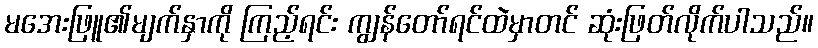
မအေးဖြူ၏မျက်နှာကို ကြည့်ရင်း ကျွန်တော်ရင်ထဲမှာတင် ဆုံးဖြတ်လိုက်ပါသည်။